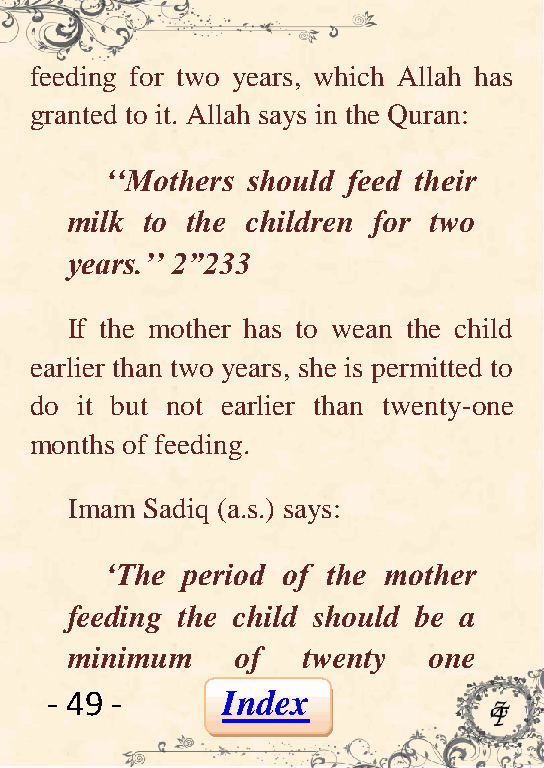
feeding for two years, which Allah has
 granted to it. Allah says in the Quran:
 „„Mothers should feed their
 milk  to the children for two
 years.‟‟ 2”233
 If the mother has to wean the child
 earlier than two years, she is permitted to
 do it but not earlier than twenty-one
 months of feeding.
 Imam Sadiq (a.s.) says:
 „The period of the mother
 feeding the child should be a
 minimum     of  twenty  one
 - 49 -      Index